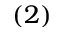
( 2 )